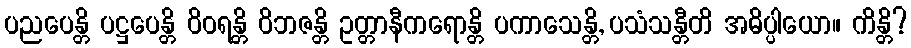
ပညပေန္တိ ပဋ္ဌပေန္တိ ဝိဝရန္တိ ဝိဘဇန္တိ ဥတ္တာနီကရောန္တိ ပကာသေန္တိ, ပသံသန္တီတိ အဓိပ္ပါယော။ ကိန္တိ?